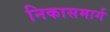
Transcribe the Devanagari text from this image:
निकासमार्ग